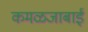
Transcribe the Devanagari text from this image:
कमळजाबाई